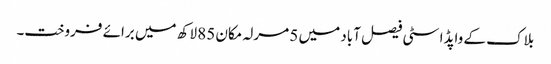
بلاک کے واپڈا سٹی فیصل آباد میں 5 مرلہ مکان 85 لاکھ میں برائے فروخت۔